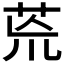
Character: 𮎰